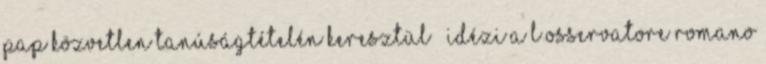
pap közvetlen tanúságtételén keresztül – idézi a L’Osservatore Romano